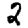
Digit: 2